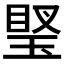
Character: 𤧩